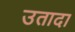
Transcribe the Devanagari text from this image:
उतादा